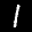
Label: 1